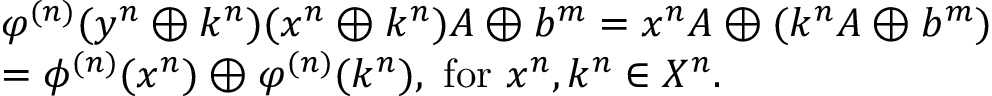
\begin{array} { r l } & { \varphi ^ { ( n ) } ( { { y } ^ { n } } \oplus { { k } ^ { n } } ) ( { { x } ^ { n } } \oplus { { k } ^ { n } } ) A \oplus b ^ { m } = { { x } ^ { n } } A \oplus ( { { k } ^ { n } } A \oplus b ^ { m } ) } \\ & { = \phi ^ { ( n ) } ( { { x } ^ { n } } ) \oplus \varphi ^ { ( n ) } ( { { k } ^ { n } } ) , \mathrm { ~ f o r ~ } { { x } ^ { n } } , { { k } ^ { n } } \in { \cal X } ^ { n } . } \end{array}